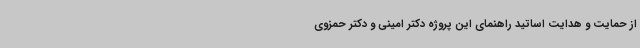
از حمایت و هدایت اساتید راهنمای این پروژه دکتر امینی و دکتر حمزوی